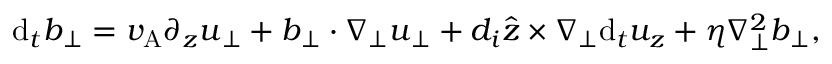
\mathrm { d } _ { t } \boldsymbol { b } _ { \perp } = v _ { \mathrm { A } } \partial _ { z } \boldsymbol { u } _ { \perp } + \boldsymbol { b } _ { \perp } \cdot \nabla _ { \perp } \boldsymbol { u } _ { \perp } + d _ { i } \hat { \boldsymbol { z } } \times \nabla _ { \perp } \mathrm { d } _ { t } u _ { z } + \eta \nabla _ { \perp } ^ { 2 } \boldsymbol { b } _ { \perp } ,